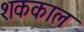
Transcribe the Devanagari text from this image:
शककाल